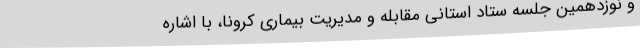
و نوزدهمین جلسه ستاد استانی مقابله و مدیریت بیماری کرونا، با اشاره